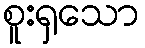
စူးရှသော